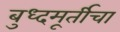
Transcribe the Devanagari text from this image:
बुध्दमूर्तीचा